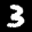
Label: 3